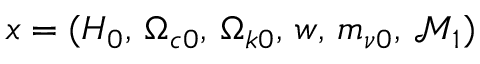
x = ( H _ { 0 } , \, \Omega _ { c 0 } , \, \Omega _ { k 0 } , \, w , \, m _ { \nu 0 } , \, \mathcal { M } _ { 1 } )